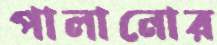
পালানোর